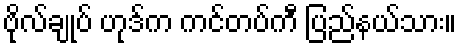
ဗိုလ်ချုပ် ဟုဒ်က ကင်တပ်ကီ ပြည်နယ်သား။